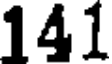
141